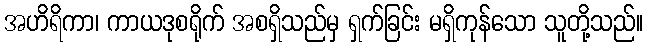
အဟိရိကာ၊ ကာယဒုစရိုက် အစရှိသည်မှ ရှက်ခြင်း မရှိကုန်သော သူတို့သည်။